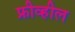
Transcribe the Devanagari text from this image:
फ्रीव्हील